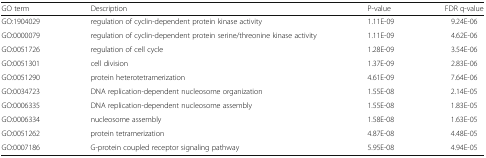
| GO term | Description | P-value | FDR q-value |
 | --- | --- | --- | --- |
 | GO:1904029 | regulation of cyclin-dependent protein kinase activity | 1.11E-09 | 9.24E-06 |
 | GO:0000079 | regulation of cyclin-dependent protein serine/threonine kinase activity | 1.11E-09 | 4.62E-06 |
 | GO:0051726 | regulation of cell cycle | 1.28E-09 | 3.54E-06 |
 | GO:0051301 | cell division | 1.37E-09 | 2.83E-06 |
 | GO:0051290 | protein heterotetramerization | 4.61E-09 | 7.64E-06 |
 | GO:0034723 | DNA replication-dependent nucleosome organization | 1.55E-08 | 2.14E-05 |
 | GO:0006335 | DNA replication-dependent nucleosome assembly | 1.55E-08 | 1.83E-05 |
 | GO:0006334 | nucleosome assembly | 1.58E-08 | 1.63E-05 |
 | GO:0051262 | protein tetramerization | 4.87E-08 | 4.48E-05 |
 | GO:0007186 | G-protein coupled receptor signaling pathway | 5.95E-08 | 4.94E-05 |